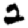
Digit: 2